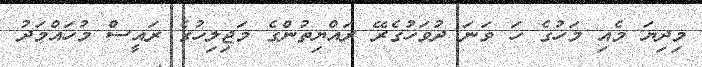
މިދިޔަ މެއި މަހުގެ ހަ ވަނަ ދުވަހުގެރޭ ރައްޔިތުންގެ މަޖިލިހުގެ ރައީސް މުހައްމަދު